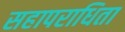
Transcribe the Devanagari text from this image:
सहापराधिता